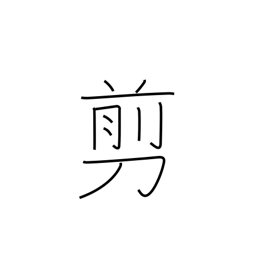
Meaning: snip